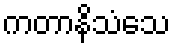
ကတာနိသံသေ